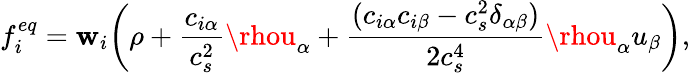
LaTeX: f_{i}^{eq}=\mathbf{w}_{i}\bigg(\rho+\frac{{c_{i\alpha}}}{{c_{s}^{2}}}\rhou_{\alpha}+\frac{{(c_{i\alpha}c_{i\beta}-c_{s}^{2}\delta_{\alpha\beta})}}{{2c_{s}^{4}}}\rhou_{\alpha}u_{\beta}\bigg),